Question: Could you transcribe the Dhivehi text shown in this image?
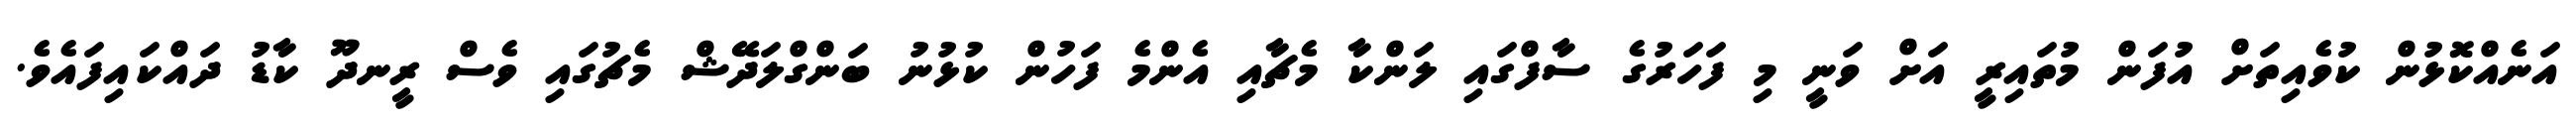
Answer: އަނެއްކޮޅުން ކުވެއިތަށް އުފަން މުތައިރީ އަށް ވަނީ މި ފަހަރުގެ ސާފްގައި ލަންކާ މެޗާއި އެންމެ ފަހުން ކުޅުނު ބަންގްލަދޭޝް މެޗުގައި ވެސް ރީނދޫ ކާޑު ދައްކައިފައެވެ.